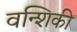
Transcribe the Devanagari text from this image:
वन्शिकी